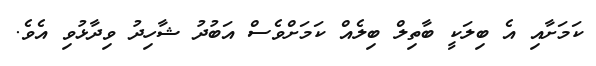
ކަމަށާއި އެ ބިލަކީ ބާތިލް ބިލެއް ކަމަށްވެސް އަބުދު ޝާހިދު ވިދާޅުވި އެވެ.